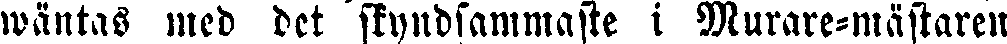
wäntas med det skyndsammaste i Murare-mästaren